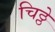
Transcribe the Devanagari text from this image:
चिठ्ठे